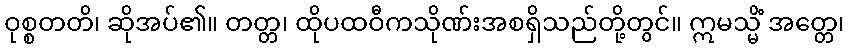
ဝုစ္စတတိ၊ ဆိုအပ်၏။ တတ္တ၊ ထိုပထဝီကသိုဏ်းအစရှိသည်တို့တွင်။ ဣမသ္မိံ အတ္တေ၊